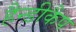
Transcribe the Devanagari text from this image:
हैन्डीकैप